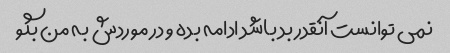
نمی توانست آنقدر بد باشد ادامه بده و در موردش به من بگو